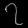
Digit: ၇